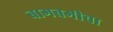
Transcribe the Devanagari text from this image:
बागबगीचा